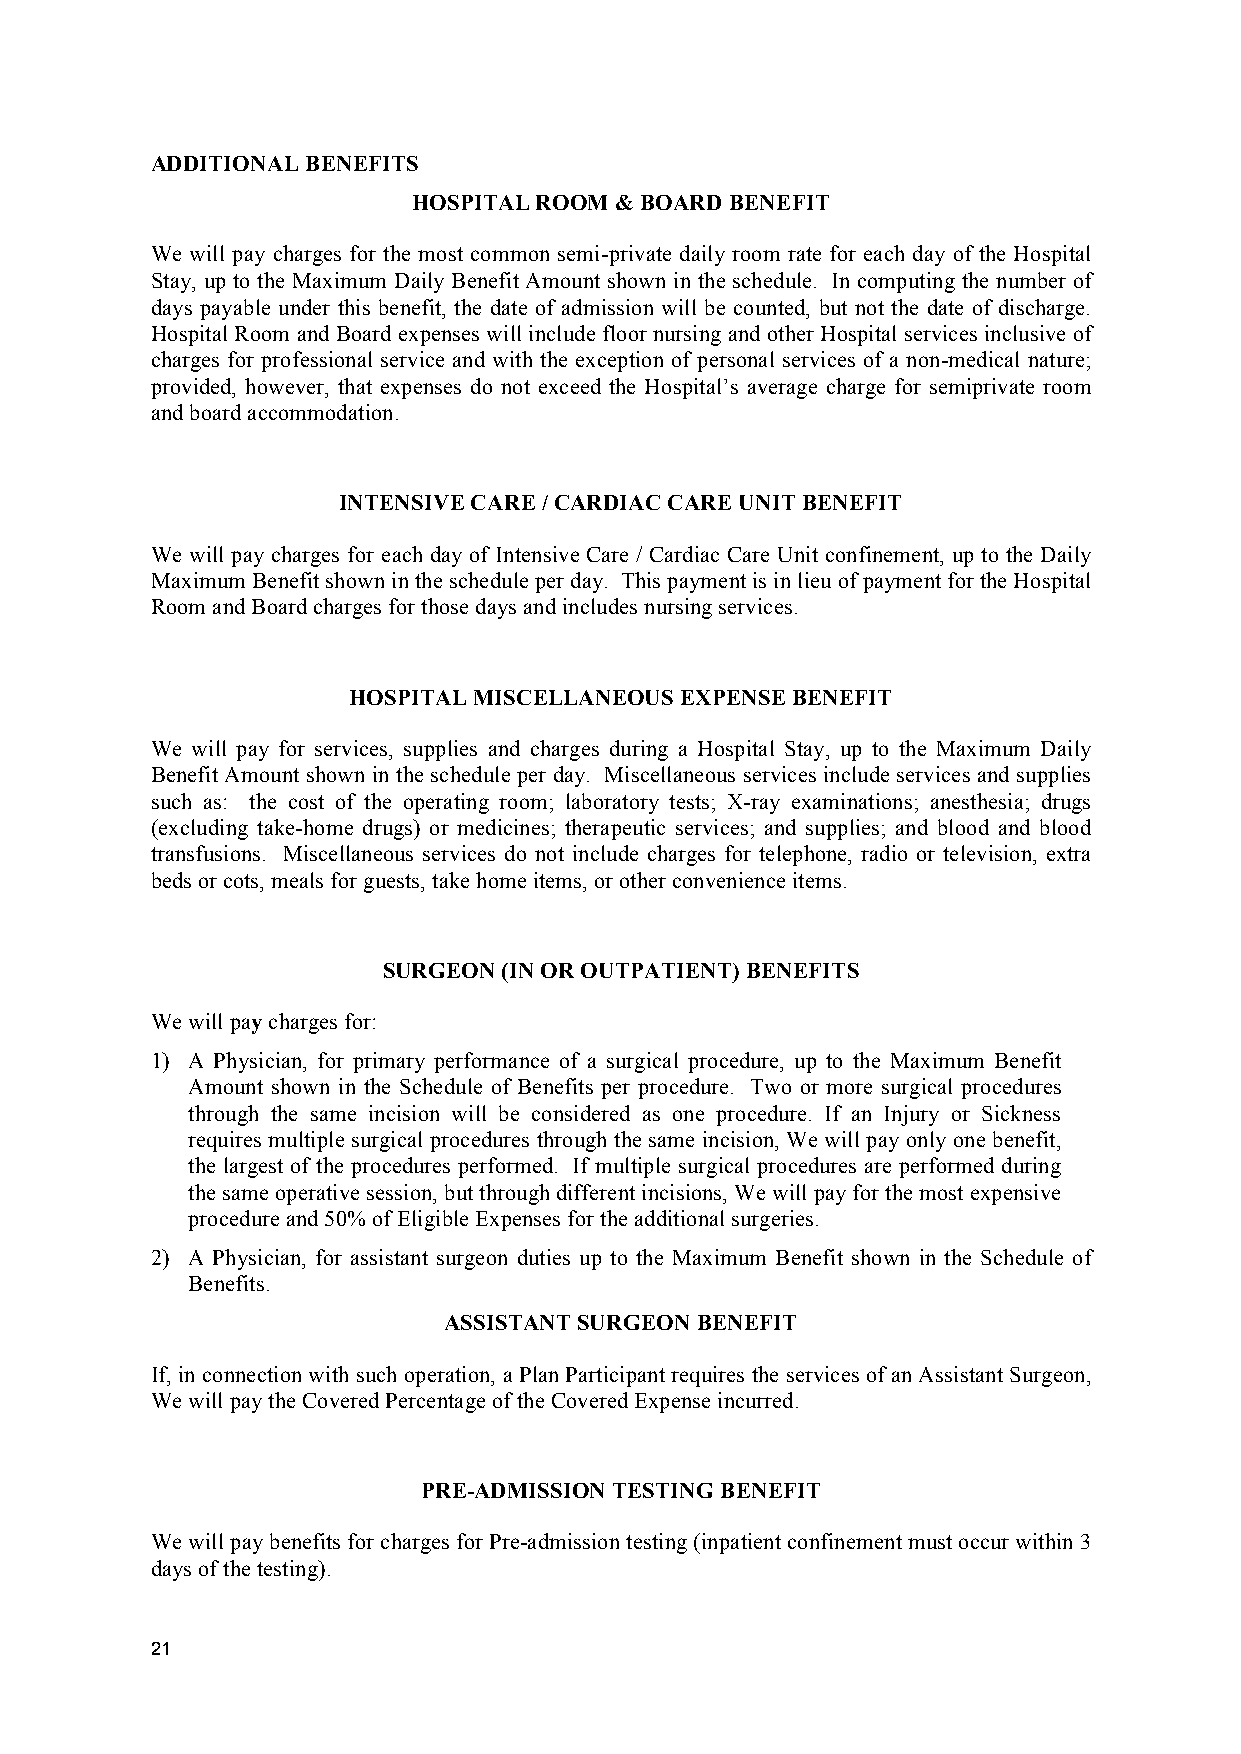
ADDITIONAL BENEFITS
 HOSPITAL ROOM & BOARD BENEFIT
 We will pay charges for the most common semi-private daily room rate for each day of the Hospital
 Stay, up to the Maximum Daily Benefit Amount shown in the schedule. In computing the number of
 days payable under this benefit, the date of admission will be counted, but not the date of discharge.
 Hospital Room and Board expenses will include floor nursing and other Hospital services inclusive of
 charges for professional service and with the exception of personal services of a non-medical nature;
 provided, however, that expenses do not exceed the Hospital’s average charge for semiprivate room
 and board accommodation.
 INTENSIVE CARE / CARDIAC CARE UNIT BENEFIT
 We will pay charges for each day of Intensive Care / Cardiac Care Unit confinement, up to the Daily
 Maximum Benefit shown in the schedule per day. This payment is in lieu of payment for the Hospital
 Room and Board charges for those days and includes nursing services.
 HOSPITAL MISCELLANEOUS EXPENSE BENEFIT
 We will pay for services, supplies and charges during a Hospital Stay, up to the Maximum Daily
 Benefit Amount shown in the schedule per day. Miscellaneous services include services and supplies
 such as: the cost of the operating room; laboratory tests; X-ray examinations; anesthesia; drugs
 (excluding take-home drugs) or medicines; therapeutic services; and supplies; and blood and blood
 transfusions. Miscellaneous services do not include charges for telephone, radio or television, extra
 beds or cots, meals for guests, take home items, or other convenience items.
 SURGEON (IN OR OUTPATIENT) BENEFITS
 We will pay charges for:
 1) A Physician, for primary performance of a surgical procedure, up to the Maximum Benefit
 Amount shown in the Schedule of Benefits per procedure. Two or more surgical procedures
 through the same incision will be considered as one procedure. If an Injury or Sickness
 requires multiple surgical procedures through the same incision, We will pay only one benefit,
 the largest of the procedures performed. If multiple surgical procedures are performed during
 the same operative session, but through different incisions, We will pay for the most expensive
 procedure and 50% of Eligible Expenses for the additional surgeries.
 2) A Physician, for assistant surgeon duties up to the Maximum Benefit shown in the Schedule of
 Benefits.
 ASSISTANT SURGEON BENEFIT
 If, in connection with such operation, a Plan Participant requires the services of an Assistant Surgeon,
 We will pay the Covered Percentage of the Covered Expense incurred.
 PRE-ADMISSION TESTING BENEFIT
 We will pay benefits for charges for Pre-admission testing (inpatient confinement must occur within 3
 days of the testing).
 21